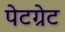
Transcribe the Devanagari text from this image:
पेटग्रेट